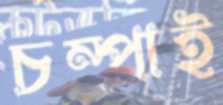
চম্পাই